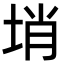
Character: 𡌔